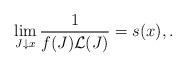
LaTeX: \begin{align*}\lim_{J\downarrow x}\frac{1}{f(J)\mathcal L( J)}= s(x), .\end{align*}